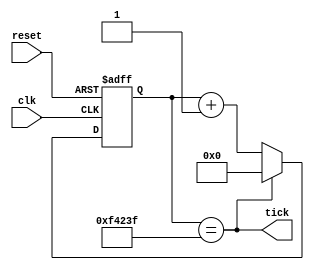
`timescale 1ns / 1ps
//****************************************************************// 
//                                                                // 
//  Created by Naoaki Takatsu on 02/12/2018.                      // 
//  Copyright  2018                                              //
//  Naoaki Takatsu. All rights reserved.                          // 
//                                                                // 
//                                                                // 
//  In submitting this file for class work at CSULB               // 
//  I am confirming that this is my work and the work             // 
//  of no one else. In submitting this code I acknowledge that    // 
//  plagiarism in student project work is subject to dismissal.   //  
//  from the class                                                // 
//****************************************************************//

module db_ticker(clk, reset, tick);

   input clk, reset;
	output wire tick;
	reg [19:0] count;
	reg [19:0] n_count;

	assign tick = (count == 999999);
	
	always @ (posedge clk, posedge reset)
	   if(reset)
		   count <= 20'b0;
		else
		   count <= n_count;
			
	always @ (*)
	   n_count = (tick) ? 20'b0 : count + 20'b1;

endmodule